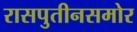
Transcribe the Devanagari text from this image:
रासपुतीनसमोर